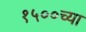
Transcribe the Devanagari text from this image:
१५००च्या